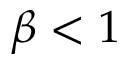
\beta < 1